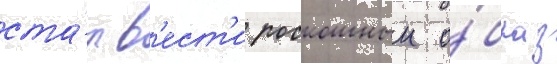
ста́л в'ест'и роскошныи о́браз